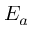
E _ { a }